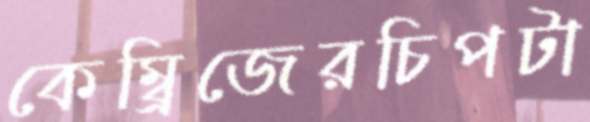
কেম্ব্রিজেরচিপটা